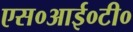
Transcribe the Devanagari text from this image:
एस०आई०टी०